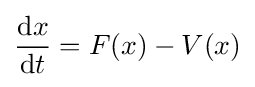
{\frac {\mathrm {d} x}{\mathrm {d} t}}=F(x)-V(x)